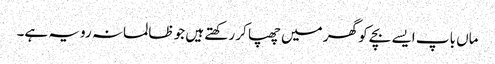
ماں باپ ایسے بچے کو گھر میں چھپا کر رکھتے ہیں جو ظالمانہ رویہ ہے۔